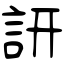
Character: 訮